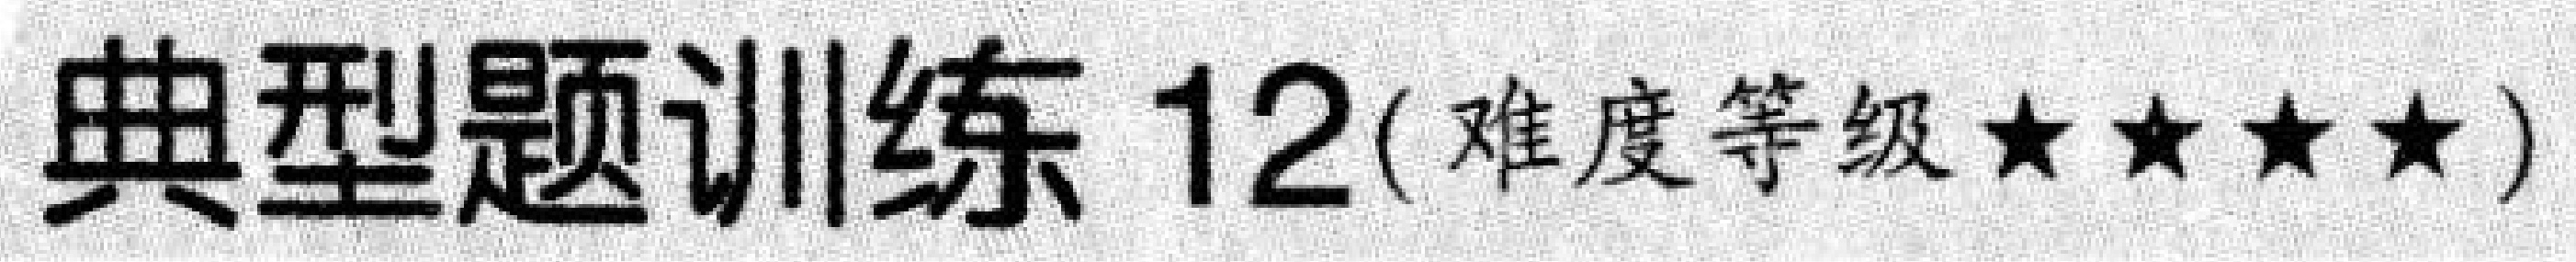
典型题训练 12(难度等级\(\star\star\star\star\))